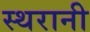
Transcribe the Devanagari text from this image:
स्थरानी